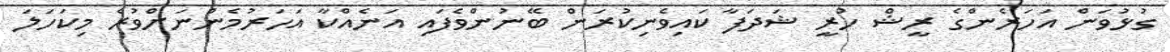
ގުޅުވަން އަހަރެންގެ ރީޝް ހުރީ ޝަދަފާ ކައިވެނިކުރަން ބޭނުންވެފައި އަނެއްކާ އަހަރުމެންނަށްވުރެ މިކަހަލަ